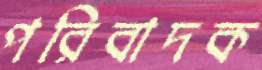
পরিবাদক